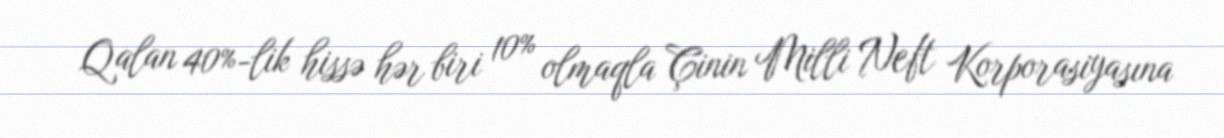
Qalan 40%-lik hissə hər biri 10% olmaqla Çinin Milli Neft Korporasiyasına